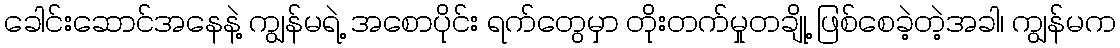
ခေါင်းဆောင်အနေနဲ့ ကျွန်မရဲ့ အစောပိုင်း ရက်တွေမှာ တိုးတက်မှုတချို့ ဖြစ်စေခဲ့တဲ့အခါ၊ ကျွန်မက